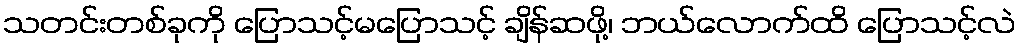
သတင်းတစ်ခုကို ပြောသင့်မပြောသင့် ချိန်ဆဖို့၊ ဘယ်လောက်ထိ ပြောသင့်လဲ